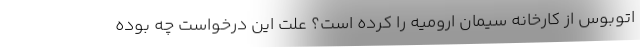
اتوبوس از کارخانه سیمان ارومیه را کرده است؟ علت این درخواست چه بوده